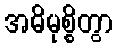
အဓိမုစ္စိတွာ